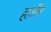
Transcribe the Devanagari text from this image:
हर्ज़ेन